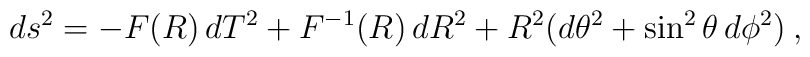
d s^2 = - F(R)\, d T^2 +F^{-1}(R)\, d R^2 +R^2 (d \theta^2  +\sin^2\theta\,d\phi^2) \:,